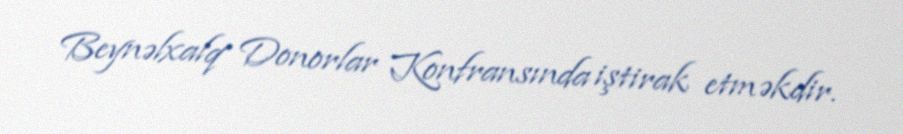
Beynəlxalq Donorlar Konfransında iştirak etməkdir.